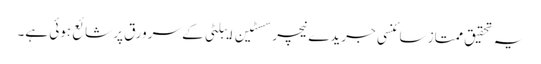
یہ تحقیق ممتاز سائنسی جریدے نیچر سسٹین ایبلٹی کے سرورق پر شائع ہوئی ہے۔